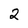
Character: 2